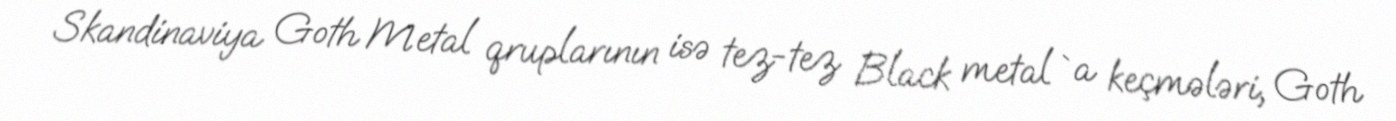
Skandinaviya Goth Metal qruplarının isə tez-tez Black metal `a keçmələri, Goth